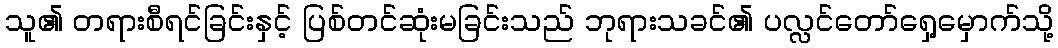
သူ၏ တရားစီရင်ခြင်းနှင့် ပြစ်တင်ဆုံးမခြင်းသည် ဘုရားသခင်၏ ပလ္လင်တော်ရှေ့မှောက်သို့